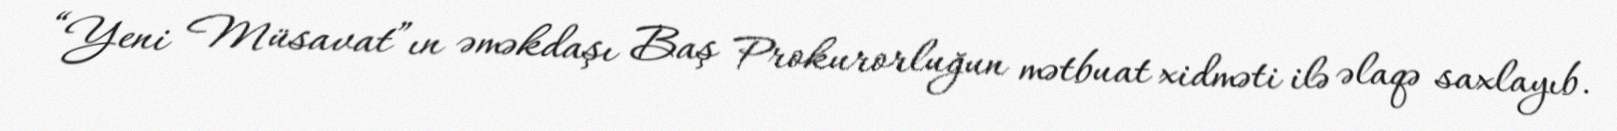
“Yeni Müsavat”ın əməkdaşı Baş Prokurorluğun mətbuat xidməti ilə əlaqə saxlayıb.